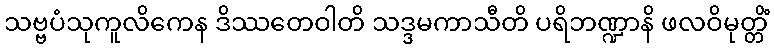
သဗ္ဗပံသုကူလိကေန ဒိဿတေဝါတိ သဒ္ဒမကာသီတိ ပရိဘဏ္ဍာနိ ဖလဝိမုတ္တိံ